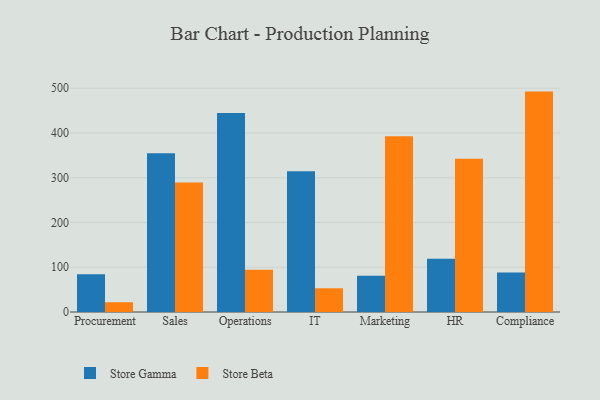
{"axis": {"x": "Department", "y": "Demand Index"}, "legend": ["Store Beta", "Store Gamma"], "data": [{"x": "Procurement", "y": 84.3, "type": "Store Gamma"}, {"x": "Procurement", "y": 21.8, "type": "Store Beta"}, {"x": "Sales", "y": 354.9, "type": "Store Gamma"}, {"x": "Sales", "y": 289.2, "type": "Store Beta"}, {"x": "Operations", "y": 444.8, "type": "Store Gamma"}, {"x": "Operations", "y": 94.5, "type": "Store Beta"}, {"x": "IT", "y": 314.3, "type": "Store Gamma"}, {"x": "IT", "y": 53.0, "type": "Store Beta"}, {"x": "Marketing", "y": 81.2, "type": "Store Gamma"}, {"x": "Marketing", "y": 392.8, "type": "Store Beta"}, {"x": "HR", "y": 119.1, "type": "Store Gamma"}, {"x": "HR", "y": 342.5, "type": "Store Beta"}, {"x": "Compliance", "y": 88.4, "type": "Store Gamma"}, {"x": "Compliance", "y": 492.4, "type": "Store Beta"}]}